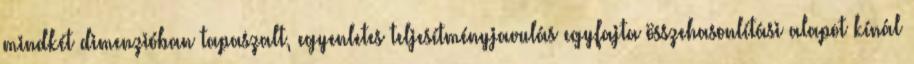
mindkét dimenzióban tapaszalt, egyenletes teljesítményjavulás egyfajta összehasonlítási alapot kínál